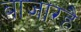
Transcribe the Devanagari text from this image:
बाजारहै